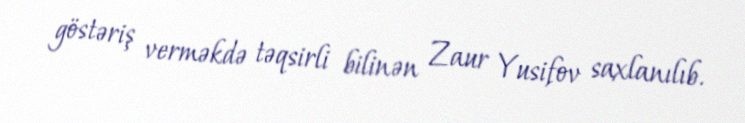
göstəriş verməkdə təqsirli bilinən Zaur Yusifov saxlanılıb.